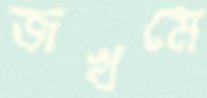
জখমে